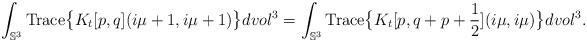
LaTeX: \begin{align*}\int_{\mathbb{S}^3}\mathrm{Trace}\big\{K_t[p,q](i\mu+1,i\mu+1)\big\}dvol^3 =\int_{\mathbb{S}^3}\mathrm{Trace}\big\{K_t[p,q+p+\frac{1}{2}](i\mu,i\mu)\big\}dvol^3. \end{align*}